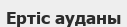
Ертіс ауданы